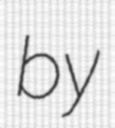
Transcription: by